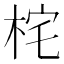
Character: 㭦